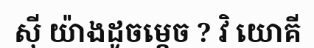
ស៊ី យ៉ាងដូចម្តេច ? វិ យោគី